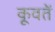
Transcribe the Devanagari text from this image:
कूवतें